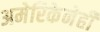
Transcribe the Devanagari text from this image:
अमेरिकेनेही